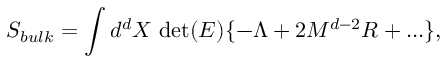
S _ { b u l k } = \int d ^ { d } X ~ \mathrm { d e t } ( E ) \{ - \Lambda + 2 M ^ { d - 2 } R + . . . \} ,